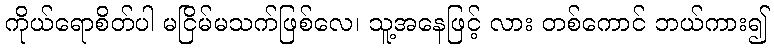
ကိုယ်ရောစိတ်ပါ မငြိမ်မသက်ဖြစ်လေ၊ သူ့အနေဖြင့် လား တစ်ကောင် ဘယ်ကား၍